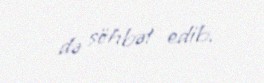
də söhbət edib.